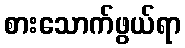
စားသောက်ဖွယ်ရာ